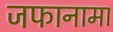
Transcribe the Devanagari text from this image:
जफानामा